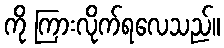
ကို ကြားလိုက်ရလေသည်။